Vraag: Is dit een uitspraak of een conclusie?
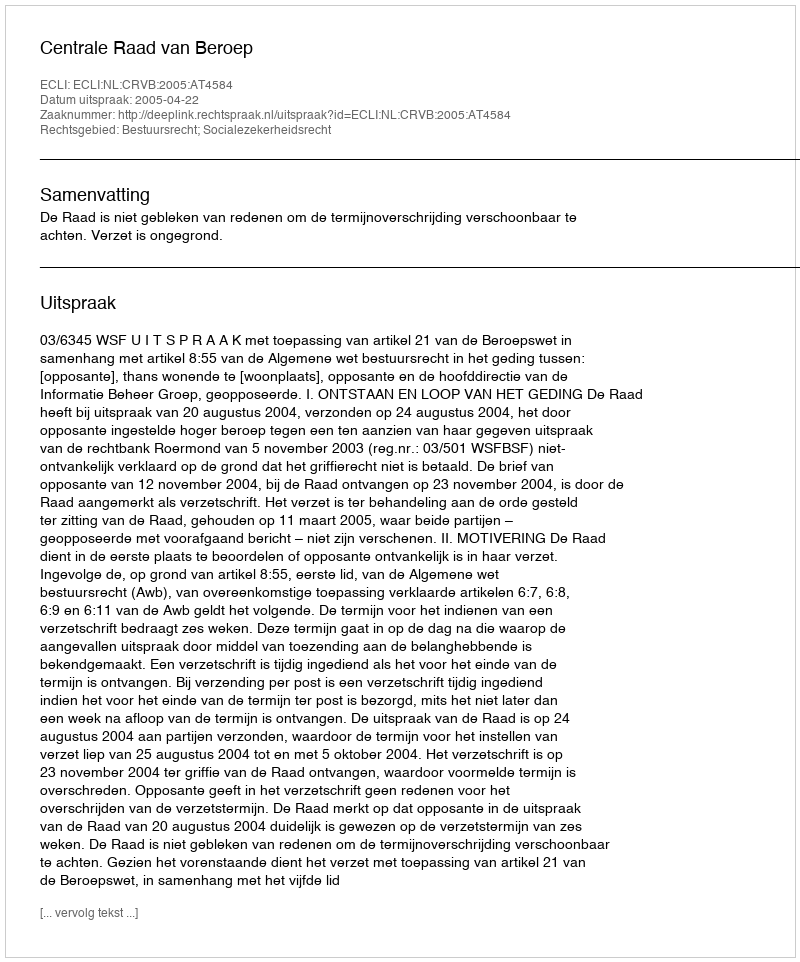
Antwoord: Uitspraak